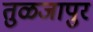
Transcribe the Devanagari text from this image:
तुळजापुरं